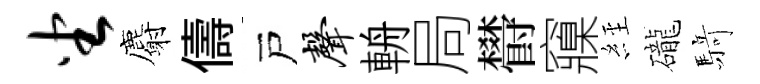
坐麝儔戸声輈局欎䆿𦀇礲𮪍